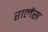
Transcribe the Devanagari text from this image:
रालेंस